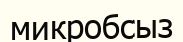
микробсыз